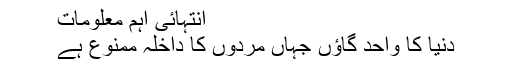
انتہائی اہم معلومات
دنیا کا واحد گاؤں جہاں مردوں کا داخلہ ممنوع ہے